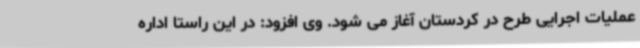
عملیات اجرایی طرح در کردستان آغاز می شود. وی افزود: در این راستا اداره